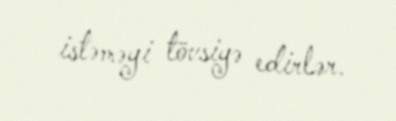
istəməyi tövsiyə edirlər.